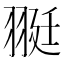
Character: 𦐿